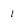
Character: l